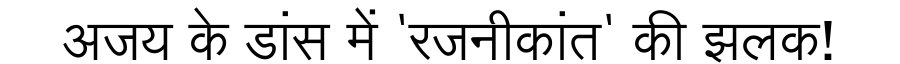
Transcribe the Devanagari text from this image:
अजय के डांस में 'रजनीकांत' की झलक!